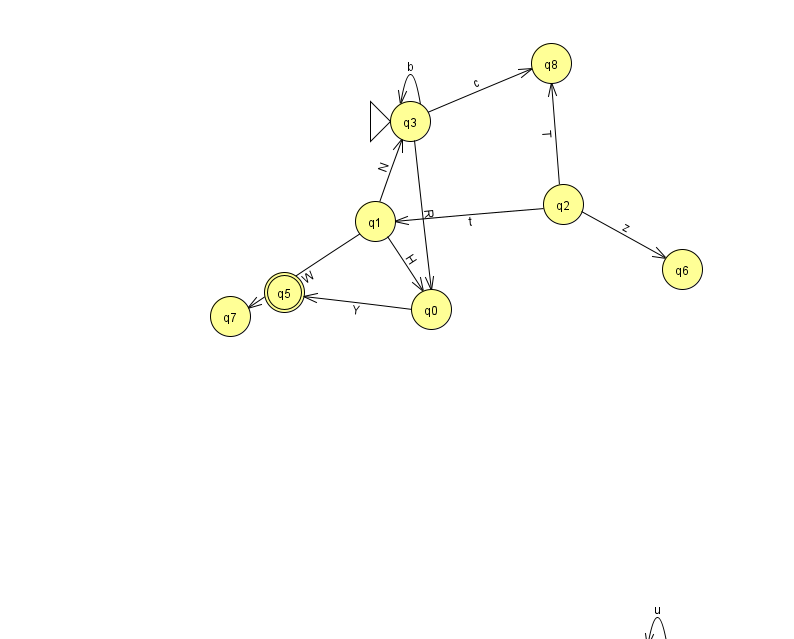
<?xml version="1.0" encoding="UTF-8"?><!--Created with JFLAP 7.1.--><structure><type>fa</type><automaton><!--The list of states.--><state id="0" name="q0"><x>431.0</x><y>296.0</y></state><state id="1" name="q1"><x>375.0</x><y>208.0</y></state><state id="2" name="q2"><x>563.0</x><y>191.0</y></state><state id="3" name="q3"><x>410.0</x><y>108.0</y><initial/></state><state id="4" name="q4"><x>657.0</x><y>651.0</y></state><state id="5" name="q5"><x>284.0</x><y>279.0</y><final/></state><state id="6" name="q6"><x>682.0</x><y>256.0</y></state><state id="7" name="q7"><x>230.0</x><y>303.0</y></state><state id="8" name="q8"><x>551.0</x><y>50.0</y></state><!--The list of transitions.--><transition><from>0</from><to>5</to><read>Y</read></transition><transition><from>1</from><to>3</to><read>N</read></transition><transition><from>3</from><to>3</to><read>b</read></transition><transition><from>2</from><to>1</to><read>t</read></transition><transition><from>2</from><to>8</to><read>T</read></transition><transition><from>4</from><to>4</to><read>u</read></transition><transition><from>2</from><to>6</to><read>z</read></transition><transition><from>1</from><to>0</to><read>H</read></transition><transition><from>1</from><to>7</to><read>W</read></transition><transition><from>3</from><to>0</to><read>R</read></transition><transition><from>3</from><to>8</to><read>c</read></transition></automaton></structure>